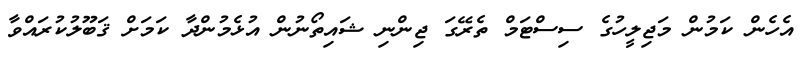
އެހެން ކަމުން މަޖިލީހުގެ ސިސްޓަމް ތެރޭގަ ޖިންނި ޝައިތޯނުން އުޅެމުންދާ ކަމަށް ޤަބޫލުކުރައްވާ